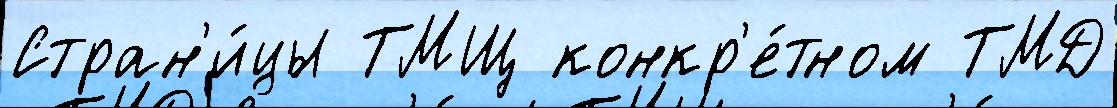
Стран'и́цы ТМЩ конкр'е́тном ТМД